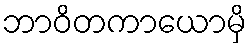
ဘာဝိတကာယောမှိ